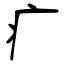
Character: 疒